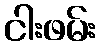
ငါးဖမ်း